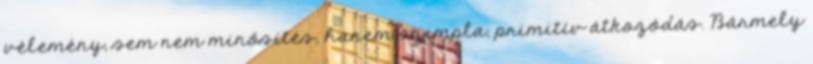
vélemény, sem nem minősítés, hanem szimpla, primitív átkozódás. Bármely